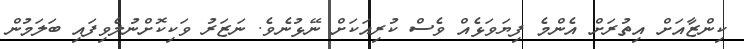
ކިންޒާއަށް އިތުރަށް އެންމެ ފިޔަވަޅެއް ވެސް ކުރިއަކަށް ނޭޅުނެވެ. ނަޒަރު ވަކިކޮށްނުލެވިފައި ބަލަމުން